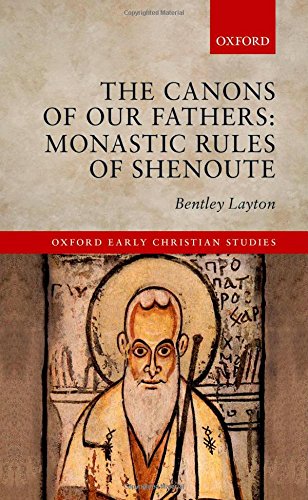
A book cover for The Canons of Our Fathers: Monastic Rules of Shenoute (Oxford Early Christian Studies); Bentley Layton; Christian Books & Bibles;